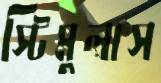
স্টিমুলাস